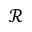
\mathcal { R }